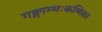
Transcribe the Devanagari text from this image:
गङ्गाम्भःकणिका